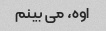
اوه، می بینم